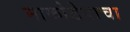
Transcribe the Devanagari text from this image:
माकोडेयाचा